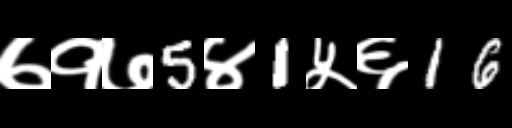
Text: ७१७5४1५६16